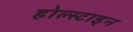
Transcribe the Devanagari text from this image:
होल्स्टाइन